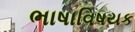
ભાષાવિષયક